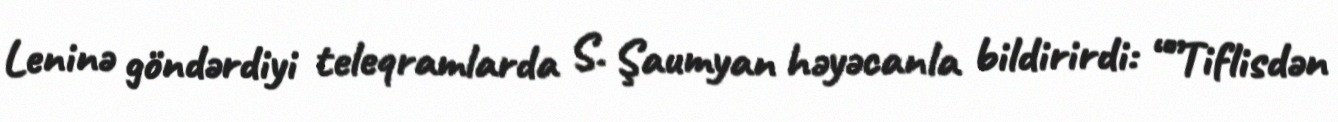
Leninə göndərdiyi teleqramlarda S. Şaumyan həyəcanla bildirirdi: “”Tiflisdən